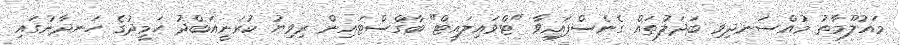
މައުލޫމާތު މުއްސަނދިވި ބަދަލުތައް ގެނެސްފައިވާ "ޓްވައިލައިޓް" ބާގްސްޓައިން ރިވިޔު ކުރަނީއަބްދު ހަމީދުގެ ހަނދާނުގައި